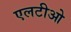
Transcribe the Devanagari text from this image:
एलटीओ